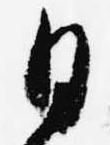
日